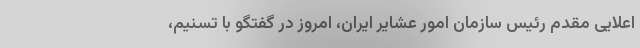
اعلایی مقدم رئیس سازمان امور عشایر ایران، امروز در گفتگو با تسنیم،